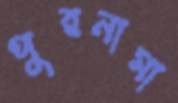
পুরনামা